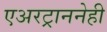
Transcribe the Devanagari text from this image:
एअरट्राननेही